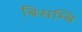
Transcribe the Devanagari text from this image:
बिसम्बि